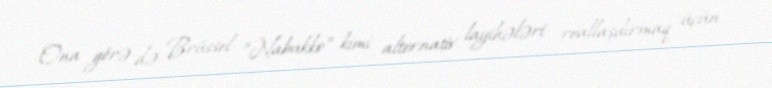
Ona görə də Brüssel “Nabukko” kimi alternativ layihələri reallaşdırmaq üçün